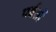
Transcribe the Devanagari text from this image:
पर्वर्तो